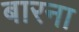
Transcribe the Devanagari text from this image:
बारना